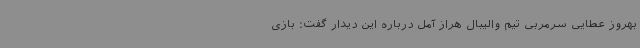
بهروز عطایی سرمربی تیم والیبال هراز آمل درباره این دیدار گفت: بازی